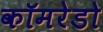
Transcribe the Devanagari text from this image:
कॉमरेडो